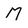
Character: M